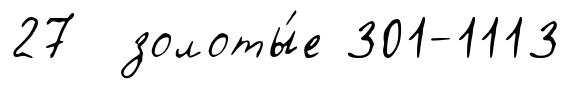
27 золоты́е 301-1113